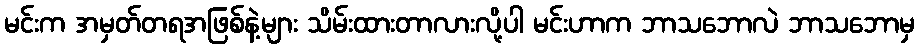
မင်းက အမှတ်တရအဖြစ်နဲ့များ သိမ်းထားတာလားလို့ပါ မင်းဟာက ဘာသဘောလဲ ဘာသဘောမှ